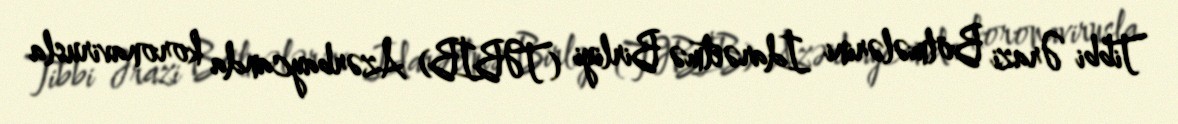
Tibbi Ərazi Bölmələrini İdarəetmə Birliyi (TƏBİB) Azərbaycanda koronavirusla